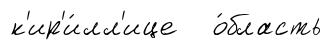
к'ир'и́лл'ице о́бласть